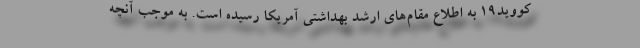
کووید۱۹ به اطلاع مقام‌های ارشد بهداشتی آمریکا رسیده است. به موجب آنچه